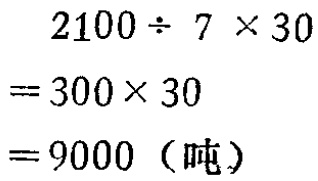
\[
\begin{align*}
&2100\div 7\times 30\\
=&300\times 30\\
=&9000 \text{（吨）}
\end{align*}
\]